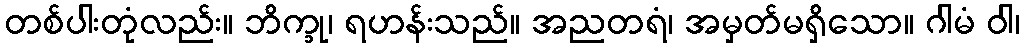
တစ်ပါးတုံလည်း။ ဘိက္ခု၊ ရဟန်းသည်။ အညတရံ၊ အမှတ်မရှိသော။ ဂါမံ ဝါ၊